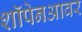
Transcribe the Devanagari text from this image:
शॉपेनआवर